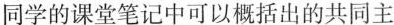
同学的课堂笔记中可以概括出的共同主